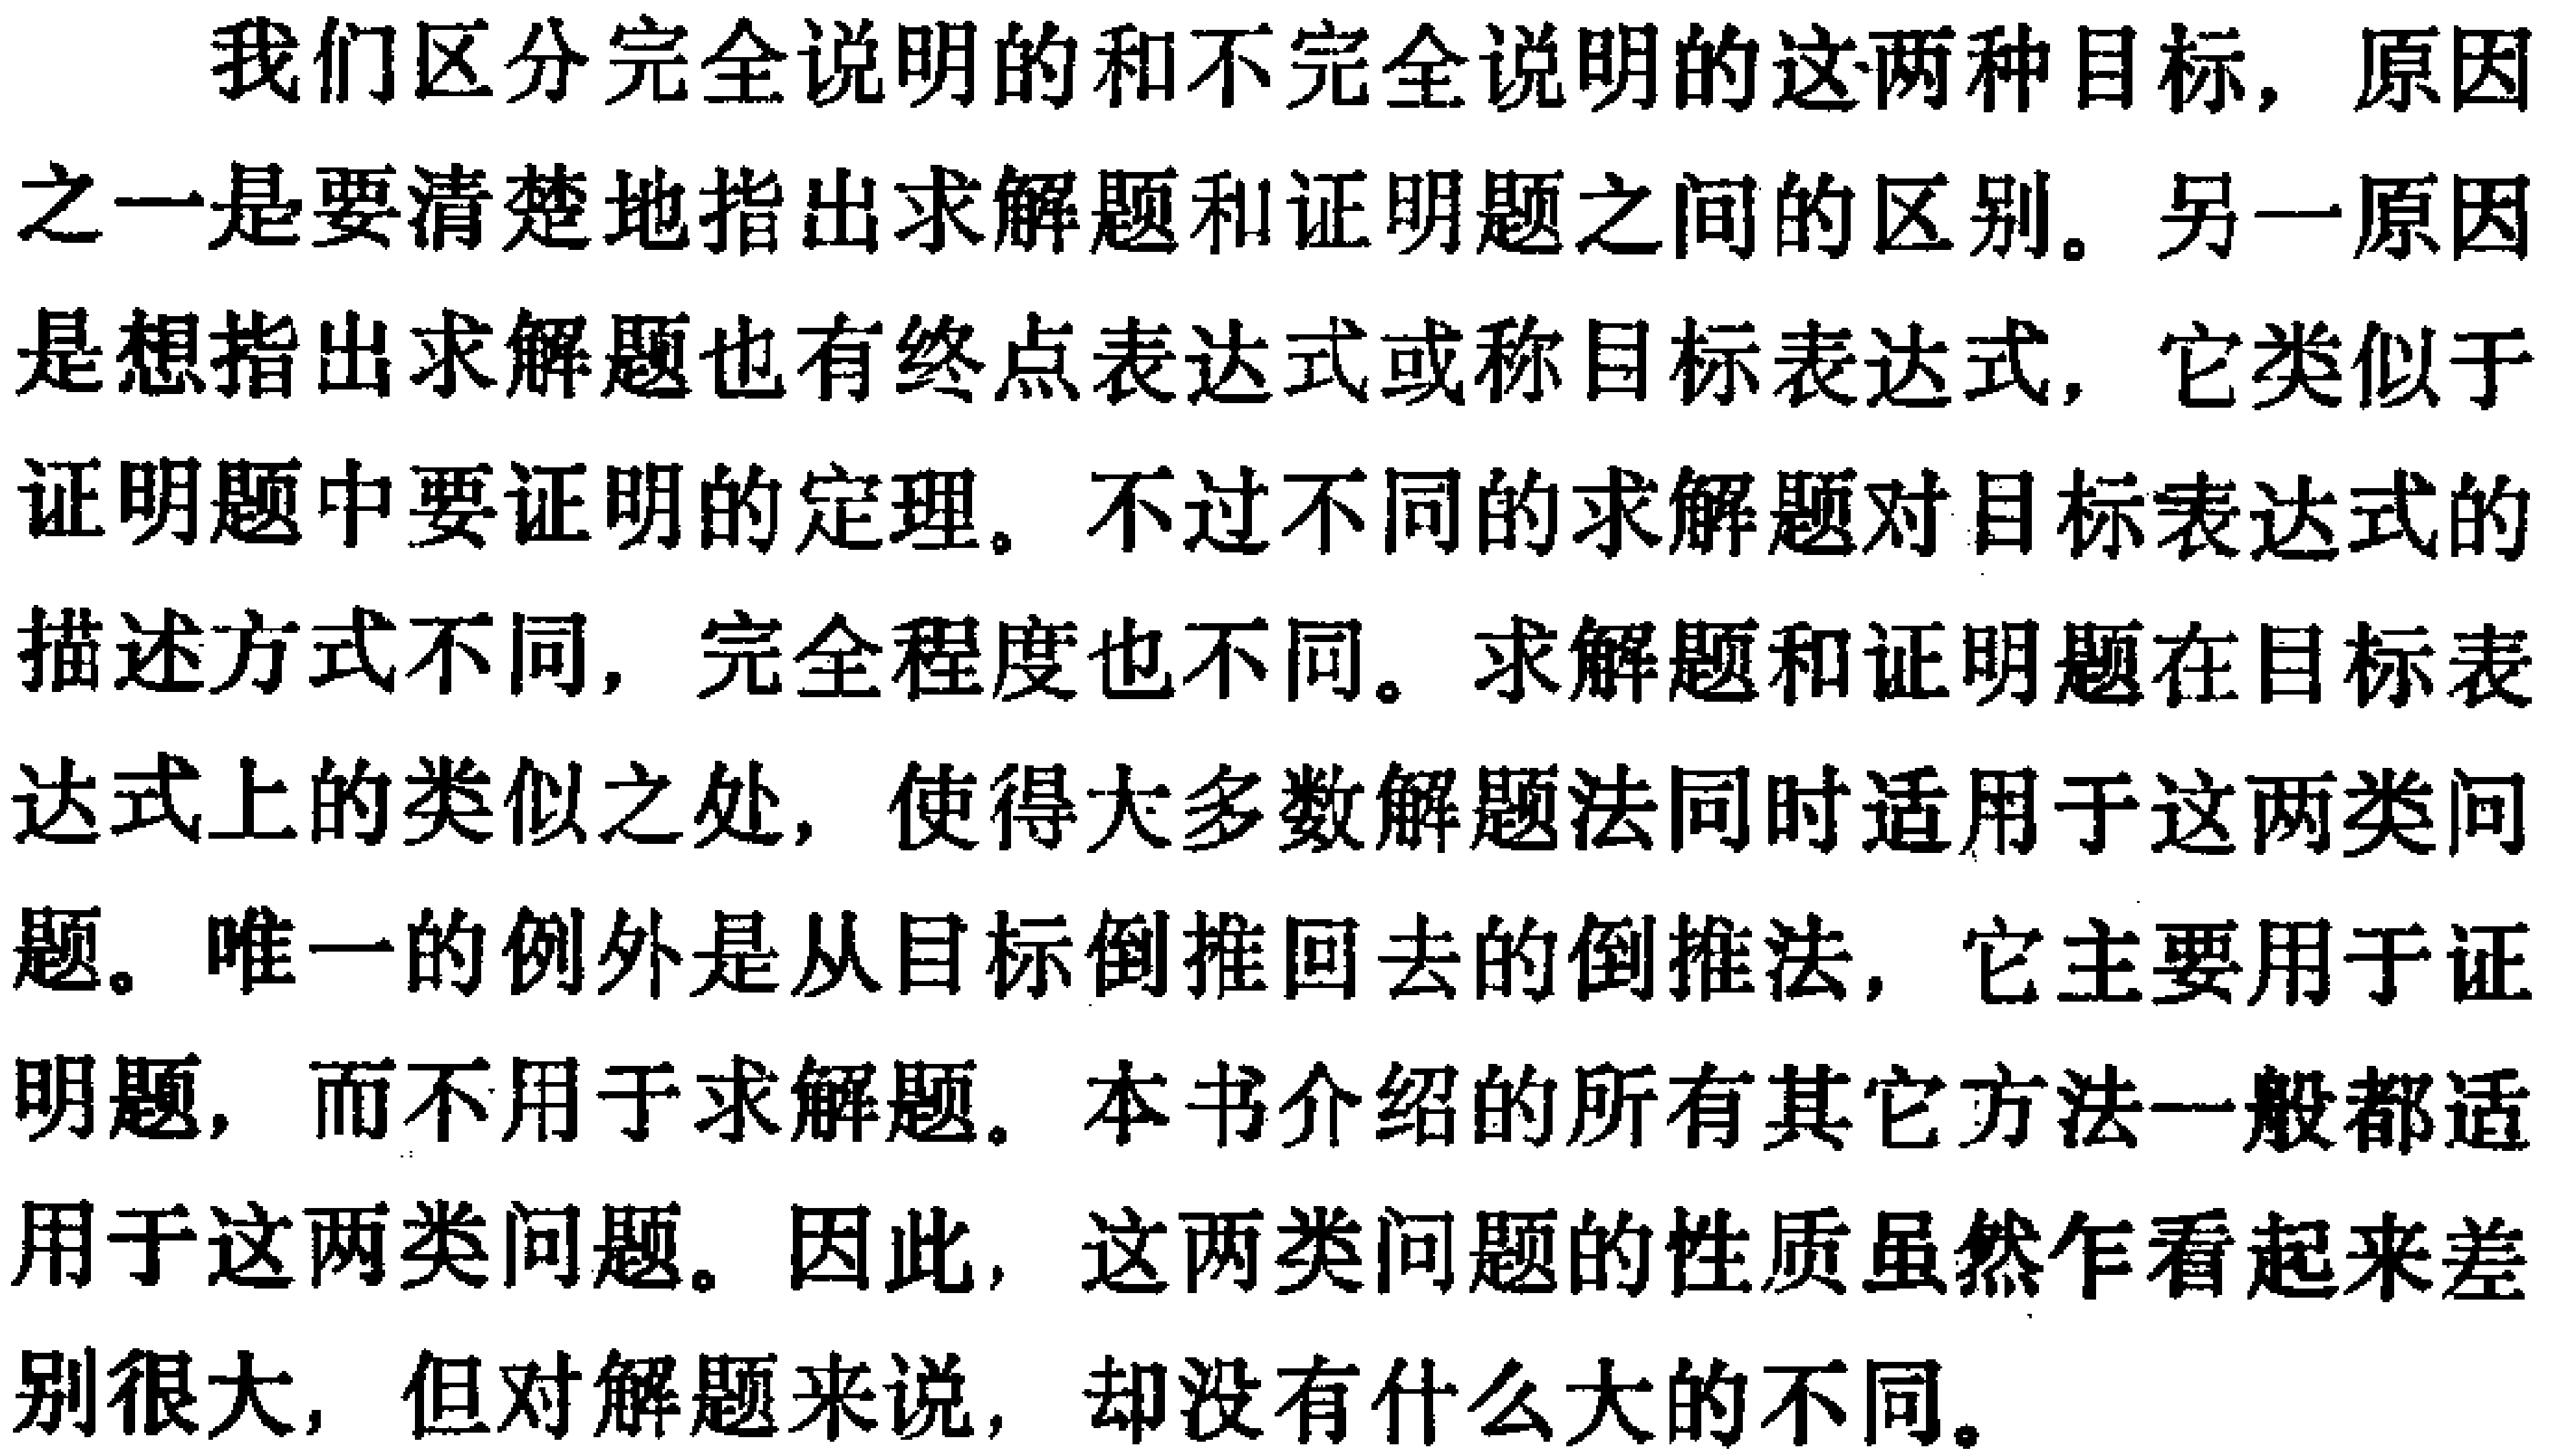
我们区分完全说明的和不完全说明的这两种目标，原因之一是要清楚地指出求解题和证明题之间的区别。另一原因是想指出求解题也有终点表达式或称目标表达式，它类似于证明题中要证明的定理。不过不同的求解题对目标表达式的描述方式不同，完全程度也不同。求解题和证明题在目标表达式上的类似之处，使得大多数解题法同时适用于这两类问题。唯一的例外是从目标倒推回去的倒推法，它主要用于证明题，而不用于求解题。本书介绍的所有其它方法一般都适用于这两类问题。因此，这两类问题的性质虽然乍看起来差别很大，但对解题来说，却没有什么大的不同。